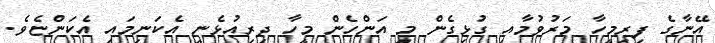
އޭނާގެ ފިރިމީހާ މަރުވުމާއި ގުޅިގެން މި އަންހެން މީހާ ދިރިއުޅެނީ އެކަނިމައި އެކަންޏެވެ.